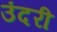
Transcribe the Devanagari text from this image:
उंदरी